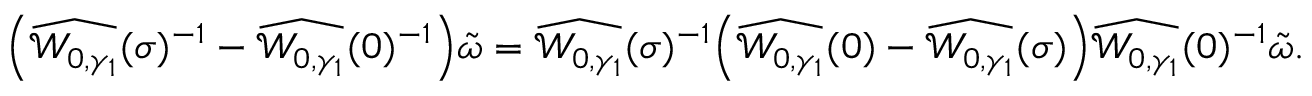
\Bigl ( \widehat { \mathcal { W } _ { 0 , \gamma _ { 1 } } } ( \sigma ) ^ { - 1 } - \widehat { \mathcal { W } _ { 0 , \gamma _ { 1 } } } ( 0 ) ^ { - 1 } \Bigr ) \tilde { \omega } = \widehat { \mathcal { W } _ { 0 , \gamma _ { 1 } } } ( \sigma ) ^ { - 1 } \Bigl ( \widehat { \mathcal { W } _ { 0 , \gamma _ { 1 } } } ( 0 ) - \widehat { \mathcal { W } _ { 0 , \gamma _ { 1 } } } ( \sigma ) \Bigr ) \widehat { \mathcal { W } _ { 0 , \gamma _ { 1 } } } ( 0 ) ^ { - 1 } \tilde { \omega } .